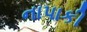
નાપાકી